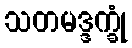
သတမဒ္ဒက္ခုံ